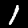
Digit: 1